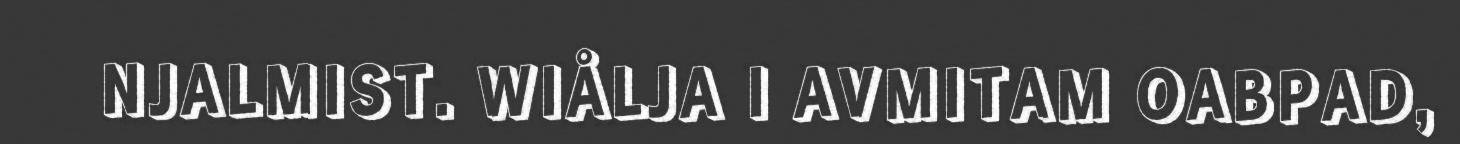
NJALMIST. WIÅLJA I AVMITAM OABPAD,